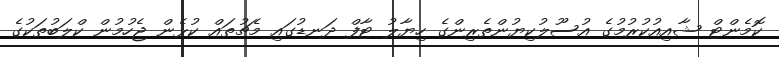
ކޮމެންޓް ޝާއިއުކުރުމުގެ އުސޫލުކިޔުންތެރިންގެ ހިޔާލު ޓާފް ދަނޑުގައި މެޗުތައް ކުޅެން ޖެހުމުން ކްލަބުތަކުގެ